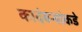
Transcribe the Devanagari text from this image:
कादंबर्‍यांकडे